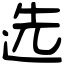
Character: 选